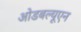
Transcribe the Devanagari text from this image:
ओडबल्यूएन